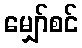
မျှော်စင်